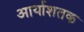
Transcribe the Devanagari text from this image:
आर्याशतक